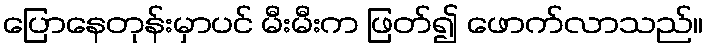
ပြောနေတုန်းမှာပင် မီးမီးက ဖြတ်၍ ဖောက်လာသည်။